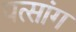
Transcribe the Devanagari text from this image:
पत्सांग